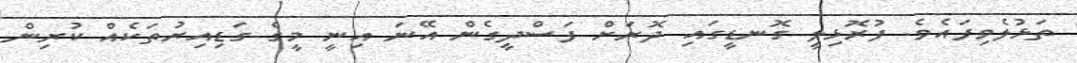
ތަޅުލެވިފައެވެ. ފުރޮޅިލީ ގޮނޑީގައި ދޮރަށް ފަސްދީގެން އޭނަ އިނީ މީގެ ގަޑިއިރުތަކެއް ކުރިން